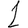
Digit: 1